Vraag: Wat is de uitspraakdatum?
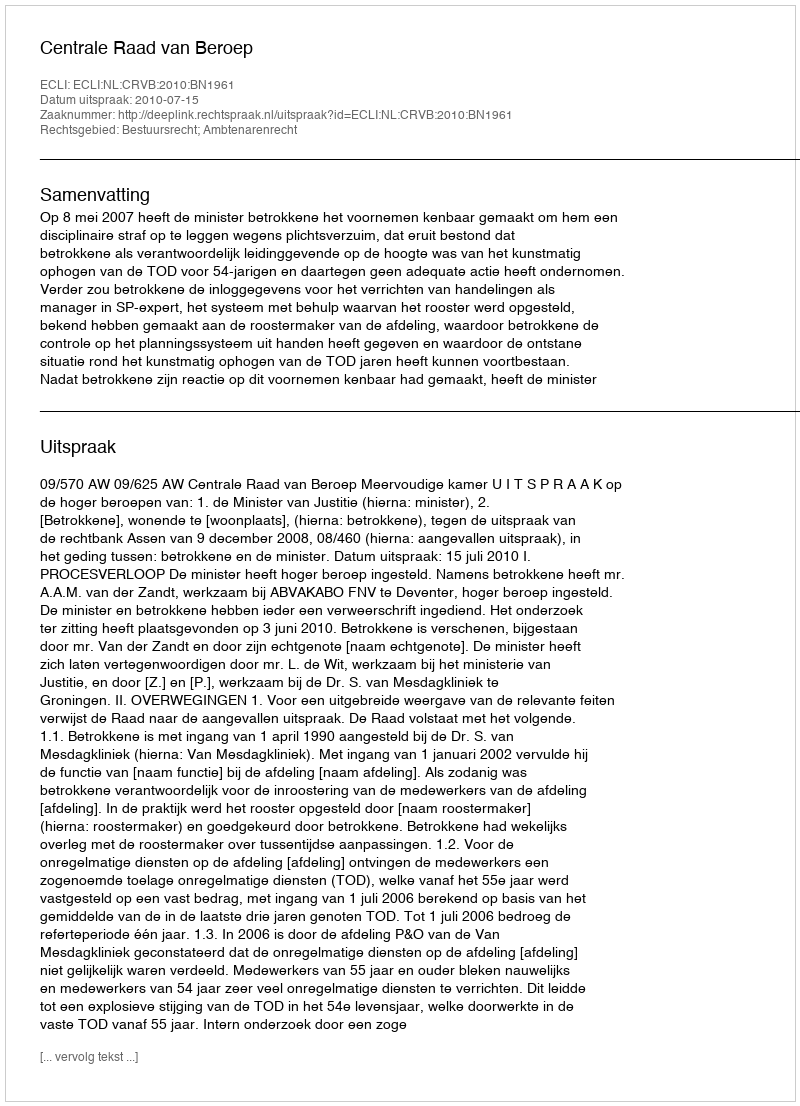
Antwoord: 2010-07-15